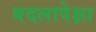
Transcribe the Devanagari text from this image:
बदलापेक्षा